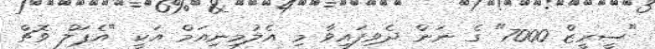
"ސީރީޒް 7000" ގެ ނަން ދެވިފައިވާ މި އެލުމިނިއަމް އަކީ "އެޕަލް ވޮޗް